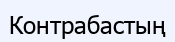
Контрабастың